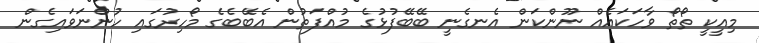
މިއީކީ ތޯތޯ ވާހަކައެއް ނޫންކަން އެނގެނީ ބޭބޭފުޅުގެ މުއްފަތުން އެބޭބެގެ މޯހިރުގައި ހުންނަވައިގެން